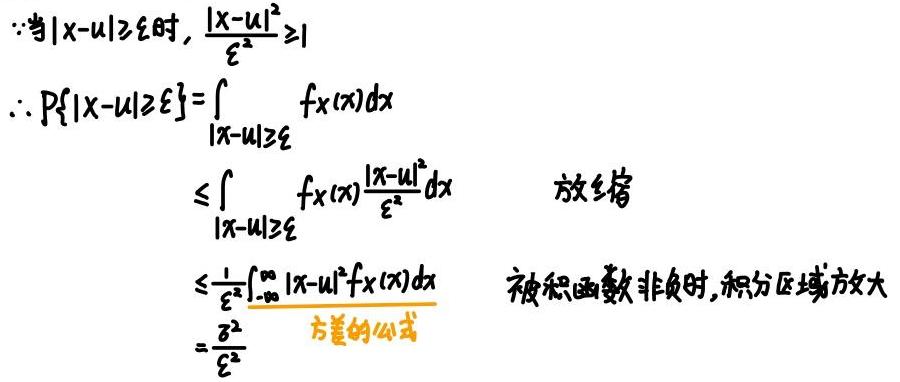
\(&\because \)当\( |x - \mu| \geq \varepsilon  \)时\(, \frac{|x - \mu|^2}{\varepsilon^2} \geq 1\)\\
\(&\therefore P\{|X - \mu| \geq \varepsilon\} = \int_{|x - \mu| \geq \varepsilon} f_X(x)dx\)\\
\(&\leq \int_{|x - \mu| \geq \varepsilon} f_X(x)\frac{|x - \mu|^2}{\varepsilon^2}dx \quad \)放缩\\
\(&\leq \frac{1}{\varepsilon^2}\int_{-\infty}^{\infty}|x - \mu|^2f_X(x)dx \quad \)被积函数非负时,积分区域放大\\
\(&= \frac{\sigma^2}{\varepsilon^2} \quad \)方差的公式